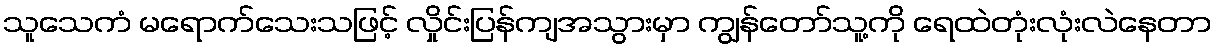
သူသေကံ မရောက်သေးသဖြင့် လှိုင်းပြန်ကျအသွားမှာ ကျွန်တော်သူ့ကို ရေထဲတုံးလုံးလဲနေတာ